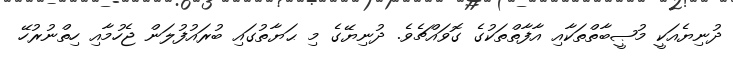
ދުނިޔެއަކީ މުޞީބާތްތަކާއި އާފާތްތަކުގެ ގޮވައްޗެވެ. ދުނިޔޭގެ މި ޙަޔާތުގައި ބުރައުފުލަން ޖެހުމާއި ހިތްނުރުހޭ